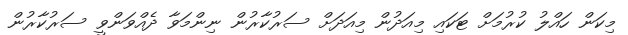
މިކަން ހައްލު ކުރުމަށް ޓަކައި މިއަދުން މިއަދަށް ސަރުކާރުން ނިންމަވާ ދެއްވަންވީ ސަރުކާރުން